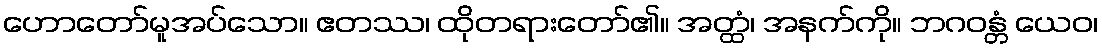
ဟောတော်မူအပ်သော။ ဧတဿ၊ ထိုတရားတော်၏။ အတ္ထံ၊ အနက်ကို။ ဘဂဝန္တံ ယေဝ၊